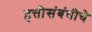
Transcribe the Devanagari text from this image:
हत्तीसंबंधीचे